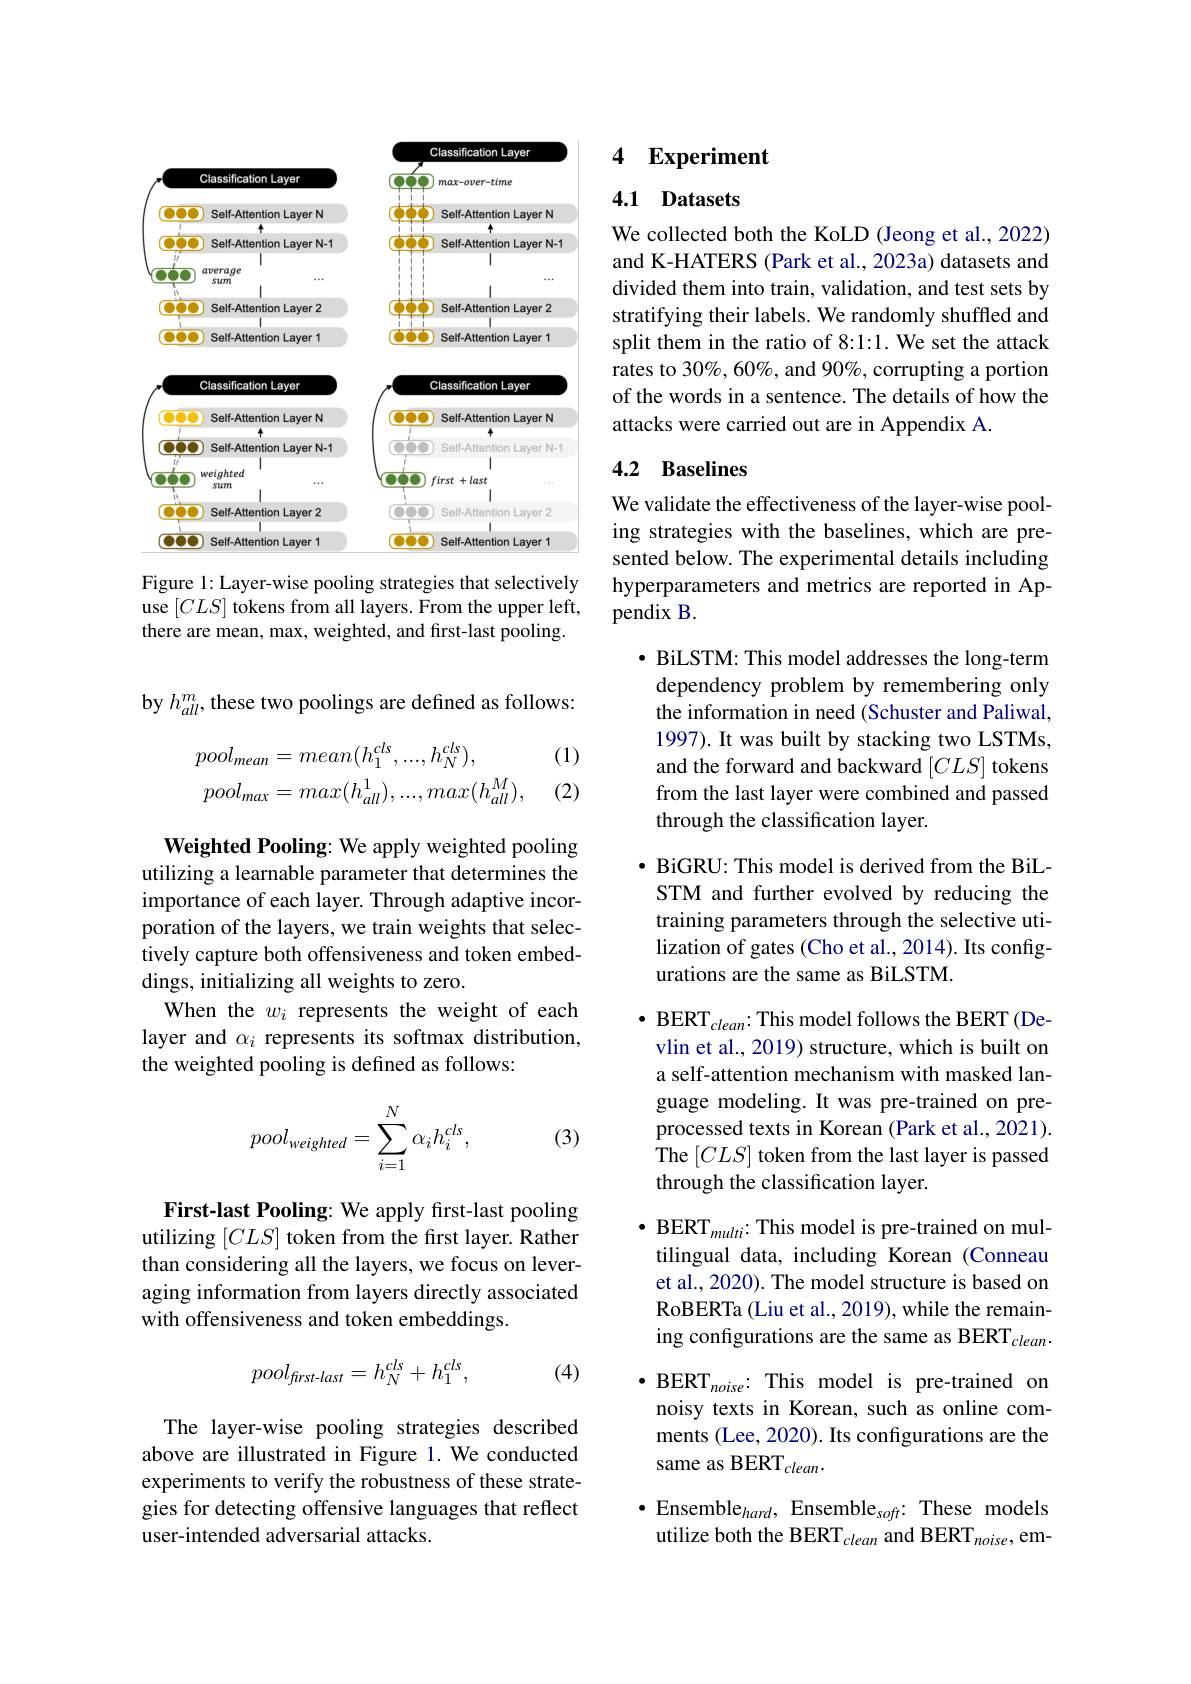
<FigureHere>

Figure 1: Layer-wise pooling strategies that selectively use $[CLS]$ tokens from all layers. From the upper left, there are mean, max, weighted, and first-last pooling.

by $h_{all}^{m}$,these two poolings are defined as follows:

(1)
$$\begin{aligned}&pool_{mean}=mean(h_{1}^{cls},...,h_{N}^{cls}),\\&pool_{max}=max(h_{all}^{1}),...,max(h_{all}^{M}),\end{aligned}$$
(2)

Weighted Pooling: We apply weighted pooling utilizing a learnable parameter that determines the importance of each layer. Through adaptive incorporation of the layers, we train weights that selectively capture both offensiveness and token embeddings, initializing all weights to zero.
When the $w_i$ represents the weight of each layer and $\alpha_i$ represents its softmax distribution, the weighted pooling is defined as follows:
$$pool_{weighted}=\sum_{i=1}^N\alpha_ih_i^{cls},$$
(3)

First-last Pooling: We apply first-last pooling utilizing $[CLS]$ token from the first layer. Rather than considering all the layers, we focus on leveraging information from layers directly associated with offensiveness and token embeddings.
$$pool_{first-last}=h_{N}^{cls}+h_{1}^{cls},$$
(4)

The layer-wise pooling strategies described above are illustrated in Figure 1. We conducted experiments to verify the robustness of these strategies for detecting offensive languages that reflect user-intended adversarial attacks.

### 4 Experiment

## 4.1 Datasets

We collected both the KoLD (Jeong et al., 2022) and K-HATERS (Park et al., 2023a) datasets and divided them into train, validation, and test sets by stratifying their labels. We randomly shuffled and split them in the ratio of 8:1:1. We set the attack rates to 30%, 60%, and 90%, corrupting a portion of the words in a sentence. The details of how the attacks were carried out are in Appendix A.

## 4.2 Baselines

We validate the effectiveness of the layer-wise pooling strategies with the baselines, which are presented below. The experimental details including hyperparameters and metrics are reported in Appendix B.

· BiLSTM: This model addresses the long-term dependency problem by remembering only the information in need (Schuster and Paliwal, 1997). It was built by stacking two LSTMs, and the forward and backward $[CLS]$ tokens from the last layer were combined and passed through the classification layer.

$\bullet$ BiGRU: This model is derived from the BiLSTM and further evolved by reducing the training parameters through the selective utilization of gates (Cho et al., 2014). Its configurations are the same as BiLSTM.

$\bullet$ BERT$_clean:$This model follows the BERT(Devlin et al., 2019) structure, which is built on a self-attention mechanism with masked language modeling. It was pre-trained on preprocessed texts in Korean (Park et al., 2021). The $[CLS]$ token from the last layer is passed through the classification layer.

$\bullet$ BERT$_multi:$ This model is pre-trained on mul-

tilingual data, including Korean (Conneau

et al., 2020). The model structure is based on

RoBERTa (Liu et al., 2019), while the remain-

ing configurations are the same as BERT$_clean.$

$\bullet$ BERT$_noise:$ This model is pre-trained on

noisy texts in Korean, such as online com-

ments (Lee, 2020). Its configurations are the

same as BERT$_clean.$

$\bullet$Ensemble$_hard$,Ensemble$_soft:$These models utilize both the BERT$_{clean}$ and BERT$_{noise}$,em-